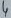
Text: 4